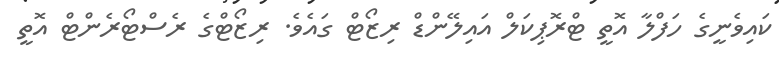
ކައިވެނީގެ ހަފްލާ އޮތީ ޓްރޮޕިކަލް އައިލޭންޑް ރިޒޯޓް ގައެވެ. ރިޒޯޓްގެ ރެސްޓޯރެންޓް އޮތީ